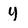
Character: y